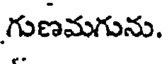
గుణమగును.